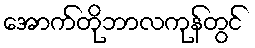
အောက်တိုဘာလကုန်တွင်